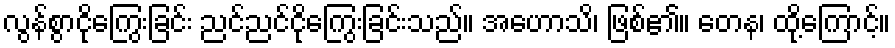
လွန်စွာငိုကြွေးခြင်း ညင်ညင်ငိုကြွေးခြင်းသည်။ အဟောသိ၊ ဖြစ်၏။ တေန၊ ထို့ကြောင့်။